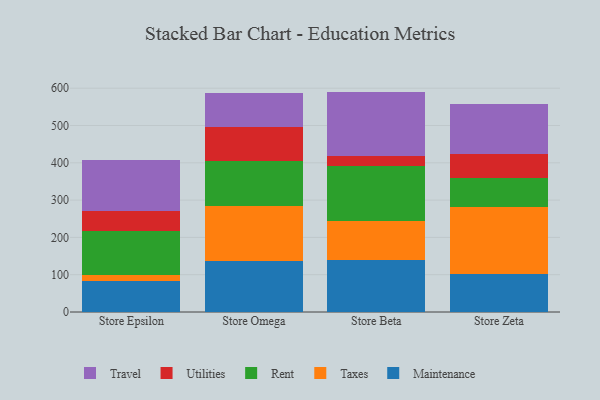
{"axis": {"x": "Store", "y": "Churn Rate (%)"}, "legend": ["Maintenance", "Rent", "Taxes", "Travel", "Utilities"], "data": [{"x": "Store Epsilon", "y": 83.3, "type": "Maintenance"}, {"x": "Store Epsilon", "y": 15.2, "type": "Taxes"}, {"x": "Store Epsilon", "y": 118.0, "type": "Rent"}, {"x": "Store Epsilon", "y": 53.7, "type": "Utilities"}, {"x": "Store Epsilon", "y": 136.4, "type": "Travel"}, {"x": "Store Omega", "y": 137.2, "type": "Maintenance"}, {"x": "Store Omega", "y": 146.0, "type": "Taxes"}, {"x": "Store Omega", "y": 120.8, "type": "Rent"}, {"x": "Store Omega", "y": 92.4, "type": "Utilities"}, {"x": "Store Omega", "y": 90.7, "type": "Travel"}, {"x": "Store Beta", "y": 140.7, "type": "Maintenance"}, {"x": "Store Beta", "y": 103.0, "type": "Taxes"}, {"x": "Store Beta", "y": 147.6, "type": "Rent"}, {"x": "Store Beta", "y": 26.2, "type": "Utilities"}, {"x": "Store Beta", "y": 173.4, "type": "Travel"}, {"x": "Store Zeta", "y": 103.2, "type": "Maintenance"}, {"x": "Store Zeta", "y": 178.7, "type": "Taxes"}, {"x": "Store Zeta", "y": 78.7, "type": "Rent"}, {"x": "Store Zeta", "y": 63.6, "type": "Utilities"}, {"x": "Store Zeta", "y": 134.4, "type": "Travel"}]}